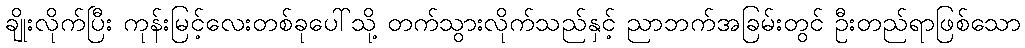
ချိုးလိုက်ပြီး ကုန်းမြင့်လေးတစ်ခုပေါ်သို့ တက်သွားလိုက်သည်နှင့် ညာဘက်အခြမ်းတွင် ဦးတည်ရာဖြစ်သော